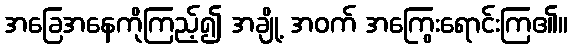
အခြေအနေကိုကြည့်၍ အချို့ အဝက် အကြွေးရောင်းကြ၏။